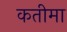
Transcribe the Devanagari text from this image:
कतीमा